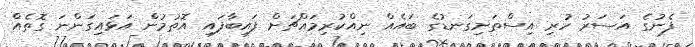
ފެނުގެ އަސަރު ހުރި އިސްތަށިގަނޑުގެ ބައެއް ނިއްކުރިމައްޗަށް ފައިބާފައި އޮތުމުން އަޅައިގަންނަ ގޮތެއް